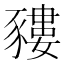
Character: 䝏